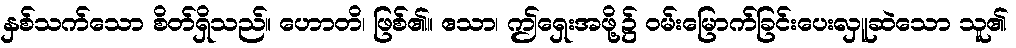
နှစ်သက်သော စိတ်ရှိသည်။ ဟောတိ၊ ဖြစ်၏။ ဧသာ၊ ဤရှေးအဖို့၌ ဝမ်းမြောက်ခြင်းပေးလှူဆဲသော သူ၏